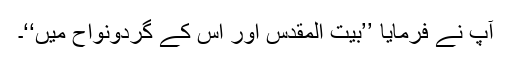
آپ نے فرمایا ’’بیت المقدس اور اس کے گردونواح میں‘‘۔